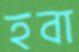
হবা